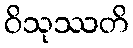
ဝိသုဿတိ